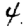
Digit: 4